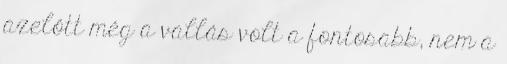
azelőtt még a vallás volt a fontosabb, nem a